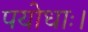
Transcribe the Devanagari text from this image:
पयोधाः।